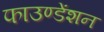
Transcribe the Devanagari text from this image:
फाउण्डेंशन